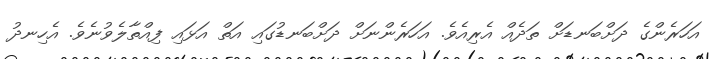
އަހަރެންގެ ދަށްބަނޑަށް ތަދެއް އެރިއެވެ. އަހަރެންނަށް ދަށްބަނޑުގައި އަތް އަޅައި ފިއްތާލެވުނެވެ. އެހިނދު